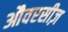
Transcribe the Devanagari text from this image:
औवरसीज़